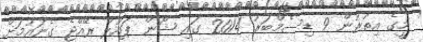
މީގެ އިތުރުން 9 ޑިސެމްބަރު 2014 ގައި ޝޯން ޕައުލް ރޭއްޖެ ގެނައުމަށް